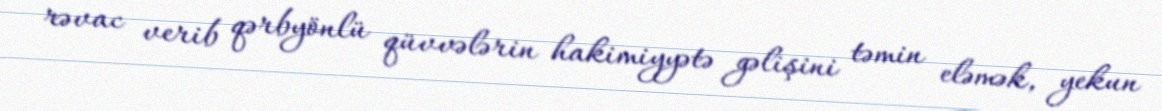
rəvac verib qərbyönlü qüvvələrin hakimiyyətə gəlişini təmin eləmək, yekun